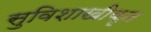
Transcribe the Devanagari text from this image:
सुविशाखीकृत